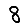
Digit: 8